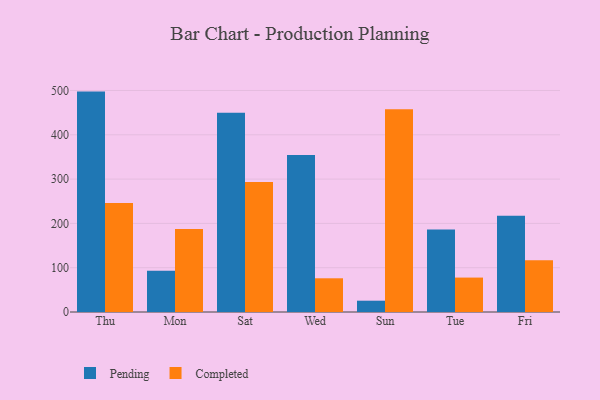
{"axis": {"x": "Day", "y": "Operating Costs (USD K)"}, "legend": ["Completed", "Pending"], "data": [{"x": "Thu", "y": 497.5, "type": "Pending"}, {"x": "Thu", "y": 246.0, "type": "Completed"}, {"x": "Mon", "y": 93.0, "type": "Pending"}, {"x": "Mon", "y": 187.3, "type": "Completed"}, {"x": "Sat", "y": 449.9, "type": "Pending"}, {"x": "Sat", "y": 293.5, "type": "Completed"}, {"x": "Wed", "y": 354.4, "type": "Pending"}, {"x": "Wed", "y": 76.1, "type": "Completed"}, {"x": "Sun", "y": 25.5, "type": "Pending"}, {"x": "Sun", "y": 457.9, "type": "Completed"}, {"x": "Tue", "y": 186.2, "type": "Pending"}, {"x": "Tue", "y": 77.7, "type": "Completed"}, {"x": "Fri", "y": 217.1, "type": "Pending"}, {"x": "Fri", "y": 116.8, "type": "Completed"}]}